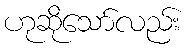
ဟုဆိုသော်လည်း